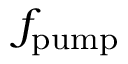
f _ { \mathrm { p u m p } }